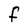
Character: F